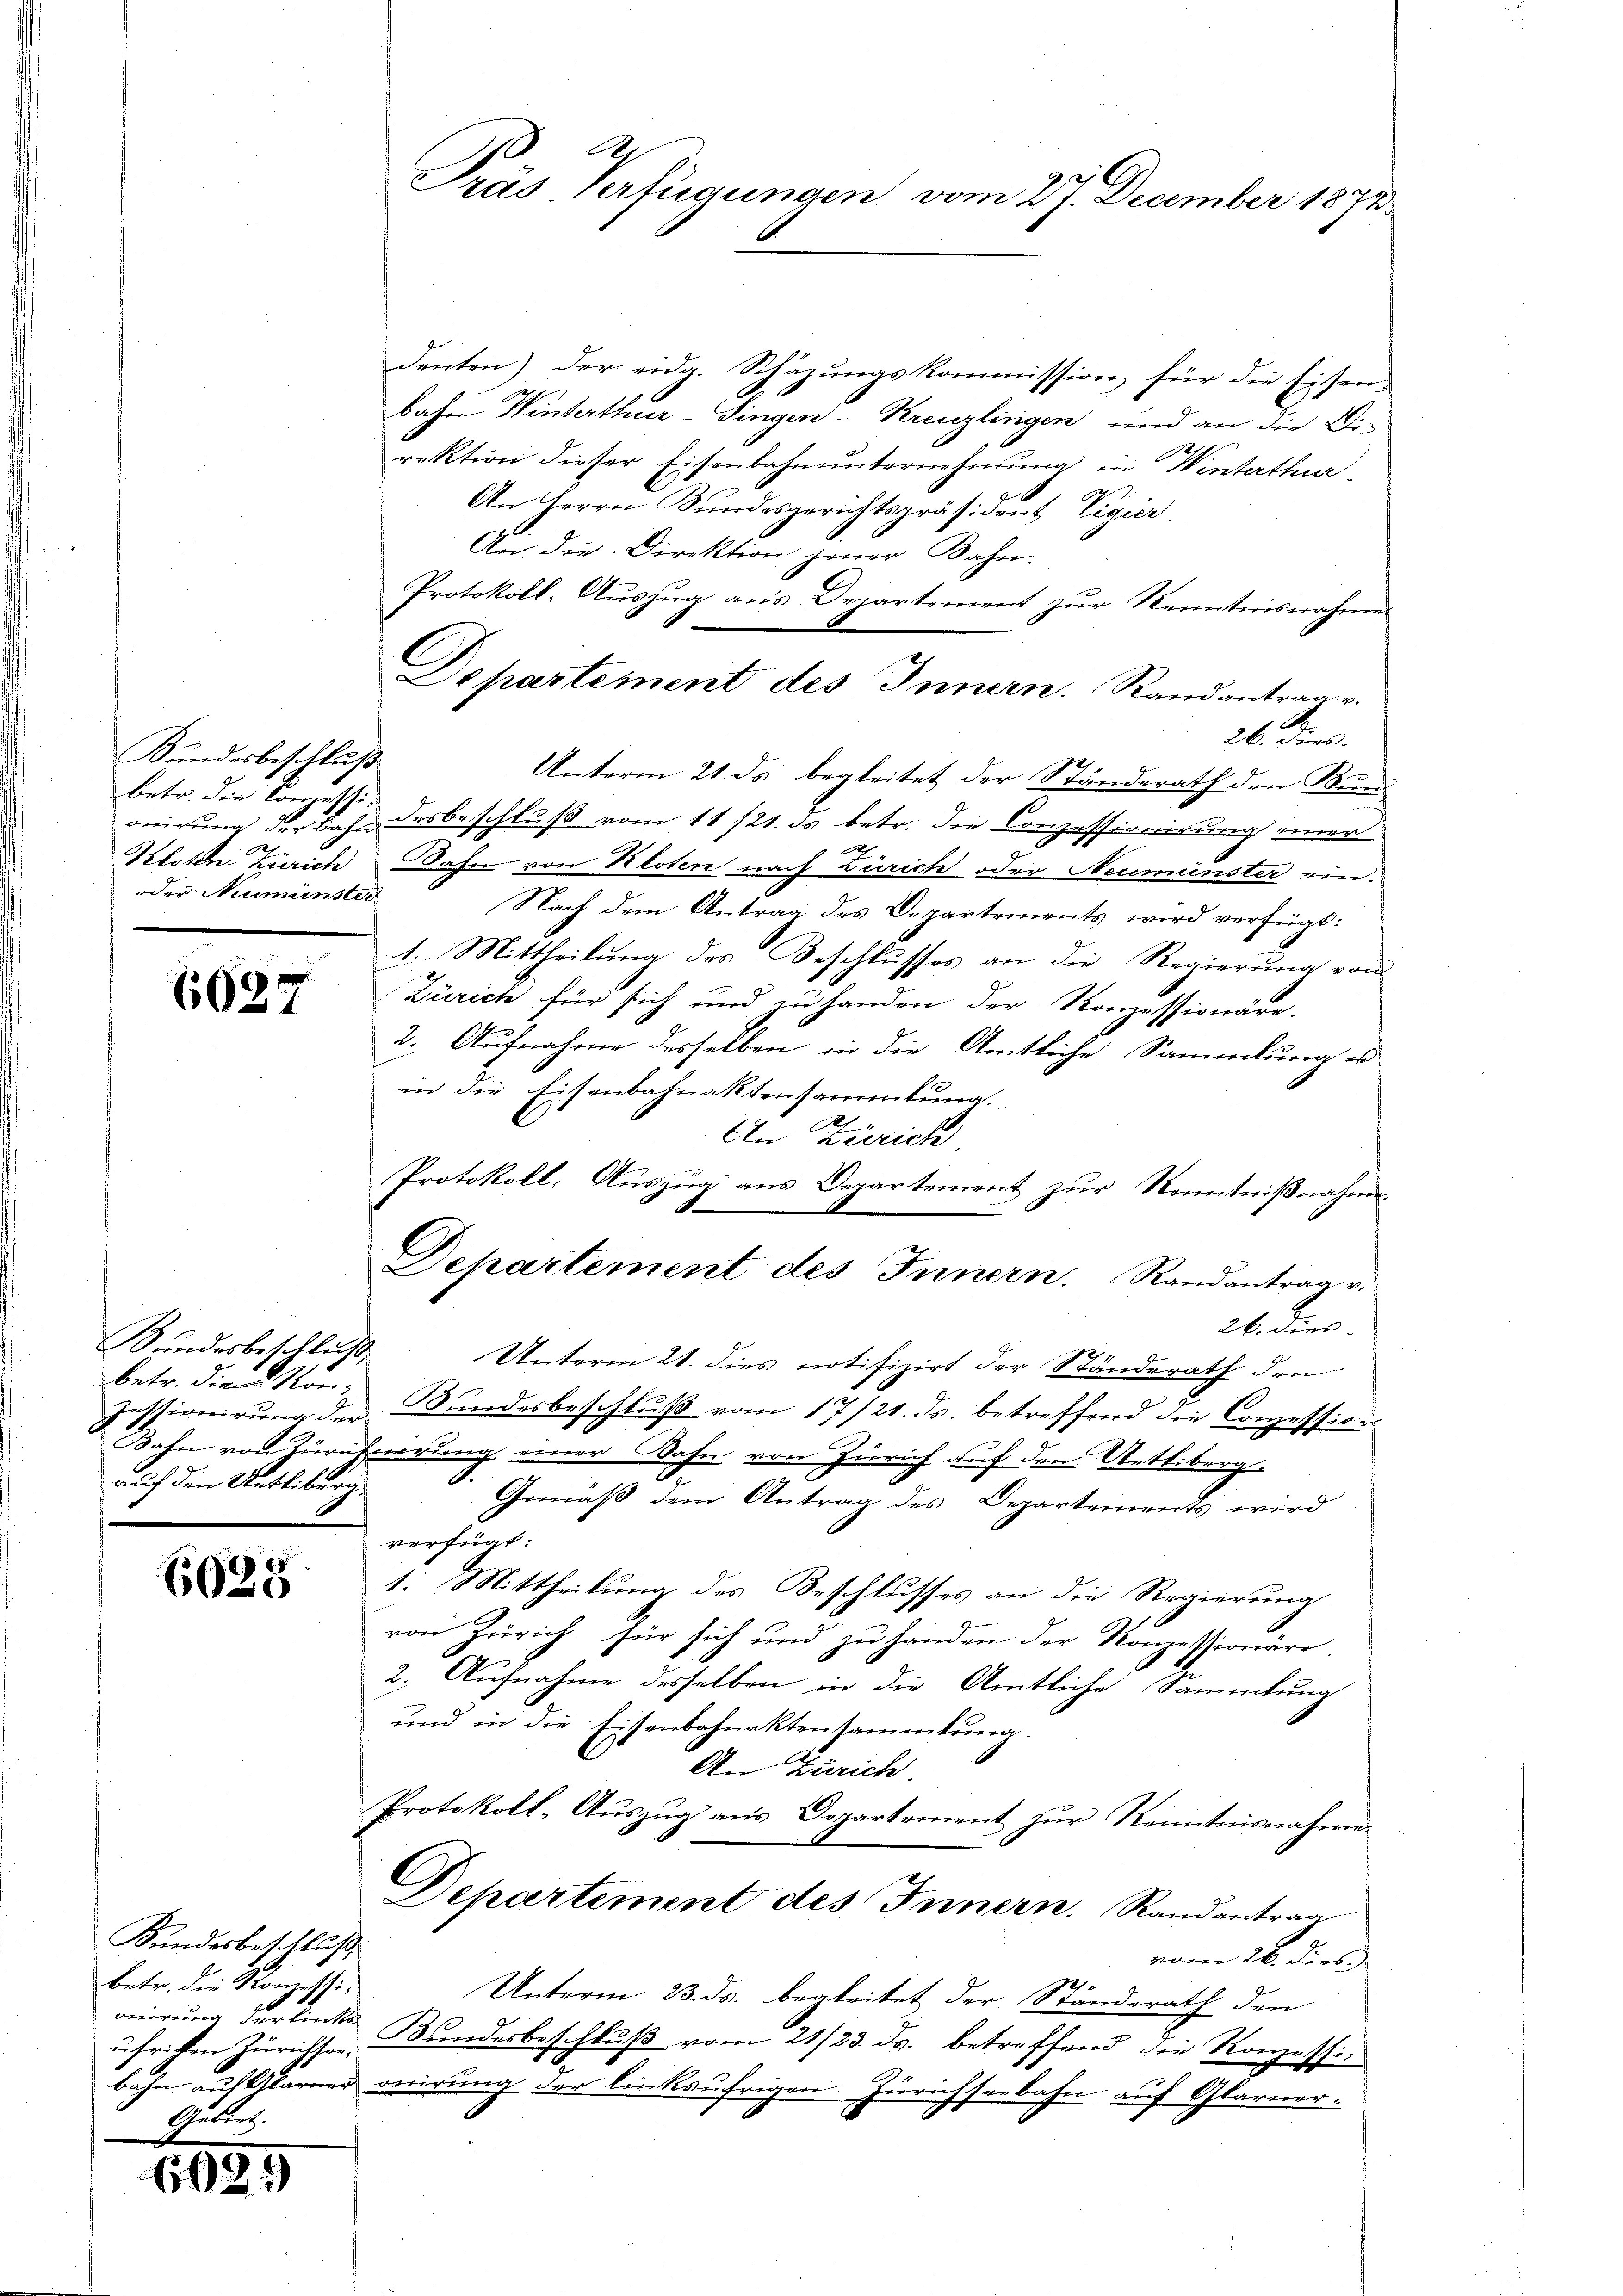
Bundesbeschluß
betr. die Konzessin
Kloten Zürich
oder Neumünster

6087

Sundesbeschluß
betr. die Stand
Iessionirung der
auf den Uetliberg.

6628

Sundesbeschluß,
betr. die Konzessionirung der linke
uhriken Zürichsorbahn auf Glarner

650.

Präs Verfügungen vom 27. December 1872

denten) der eidg. Schäzungskommission für die Eisen-
bahn Winterthur–Singen-Kreuzlingen und an die Direktion dieser Eisenbahnunternehmung in Winterthur
An Herrn Bundesgerichtspräsident Vigier
An die Direktion jener Bahn.
Protokoll-Auszug aus Departement zur Kenntnisnahme
Departement des Innern. Randantrage.
26. Dies
Unterm 21. ds. begleitet der Ständerath den Bund
onirung der Bahn des beschluß vom 11/21. ds betr. die Conzessionirung einer
.
ahn von Kloten nach Zürich oder Neumünster ein¬
Nach dem Antrag des Departements wird verfügt:
1. Mittheilung des Beschlusses an die Regierung von
Zürich für sich und zu handen der Konzessionäre.
2. Aufnahme desselben in die Amtliche Sammlung u
in die Eisenbahnaktensammlung.
An Zürich
Protokoll, Auszug aus Departement zur Kenntnißnahme
Departement des Innern. Randantrage.
26. dies
Unterm 21. dies notifizirt der Ständerath den
Bundesbeschluß vom 17/21. ds. betreffend die Conzession
Bahn von Züricherung einer Bahn von Zürich auf den Uetliberg
Gemäß dem Antrag des Departements wird
verfügt:
1. Mittheilung des Beschlusses an die Regierung
von Zürich, für sich und zu handen der Konzessionäre.
2. Aufnahme desselben in die Amtliche Sammlung
und in die Eisenbahnaktensammlung.
An Zürich.
Protokoll-Auszug aus Departement zur Kenntnisnahmen
Departement des Innern. Randantrag
vom 26. Dieb
Unterm 23. ds. begleitet der Ständerath den
Bundesbeschluß vom 21/23. ds. betreffend die Konzessioerirung der linksufrigen Zürichseebahn auf Glarner.
d